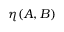
\eta ( A , B )